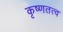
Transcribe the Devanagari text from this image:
कृष्णतत्व